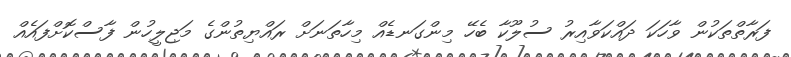
ފަރާތްތަކުން ވާހަކަ ދައްކަވާއިރު ސުލޫކާ ބެހޭ މިންގަނޑެއް މިހާތަނަށް ރައްޔިތުންގެ މަޖިލީހުން ފާސްކޮށްފައެއް